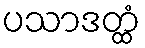
ပသာဒတ္ထံ